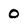
Character: O